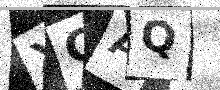
Text: XCAQ